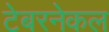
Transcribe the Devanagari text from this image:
टेबरनेकल